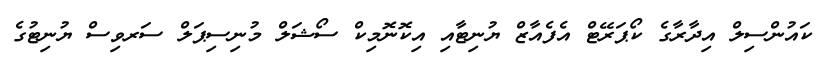
ކައުންސިލް އިދާރާގެ ކޯޕަރޭޓް އެފެއާޒް ޔުނިޓާއި އިކޮނޮމިކް ސޯޝަލް މުނިސިޕަލް ސަރވިސް ޔުނިޓުގެ